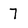
Character: 7